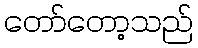
တော်တော့သည်